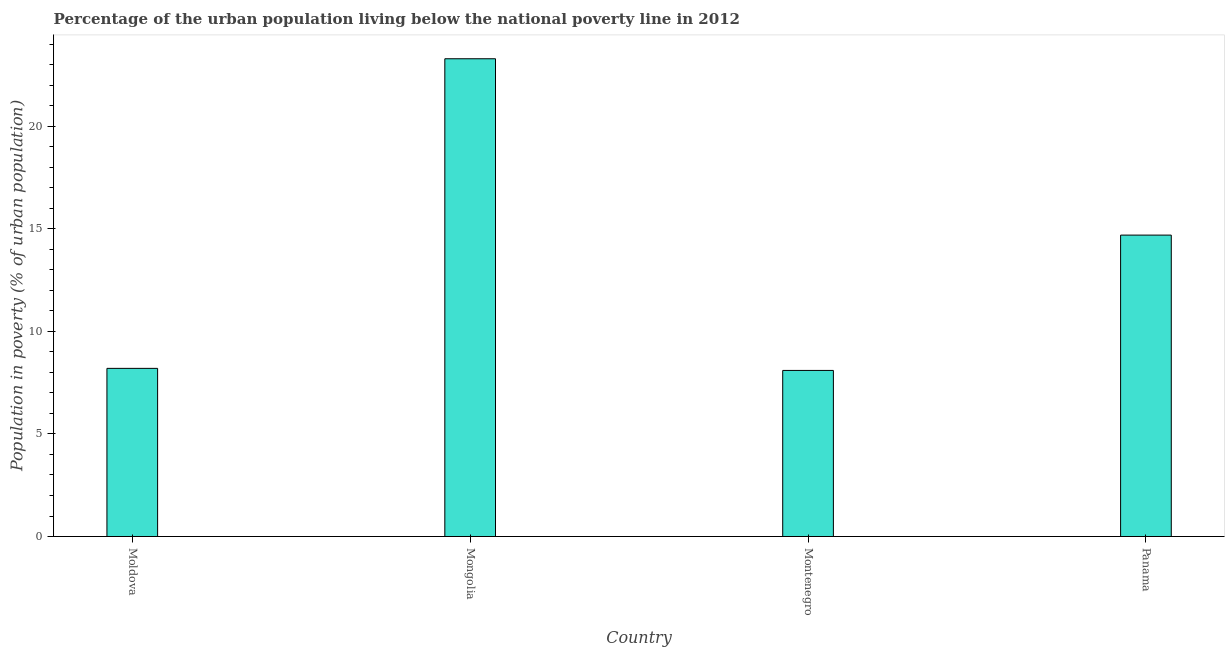
| Country | Urban poverty headcount ratio |
 | --- | --- |
 | Moldova | 8.2 |
 | Mongolia | 23.3 |
 | Montenegro | 8.1 |
 | Panama | 14.7 |